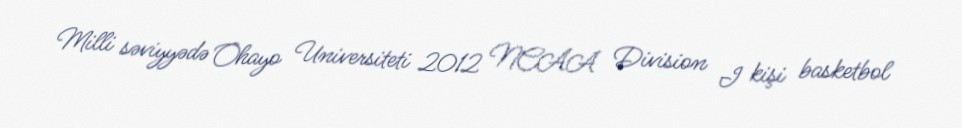
Milli səviyyədə Ohayo Universiteti 2012 NCAA Division I kişi basketbol